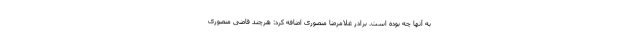
به آنها چه بوده است. برادر غلامرضا منصوری اضافه کرد: هرچند قاضی منصوری